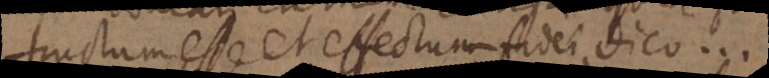
fructum esse et effectum fidei dico.